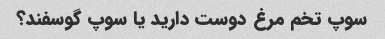
سوپ تخم مرغ دوست دارید یا سوپ گوسفند؟